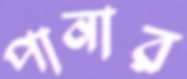
পানার